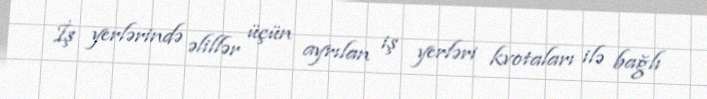
İş yerlərində əlillər üçün ayrılan iş yerləri kvotaları ilə bağlı